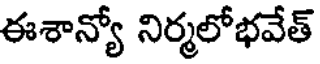
ఈశాన్యో నిర్మలోభవేత్